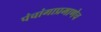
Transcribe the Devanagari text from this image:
पंचांगाप्रमाणेच